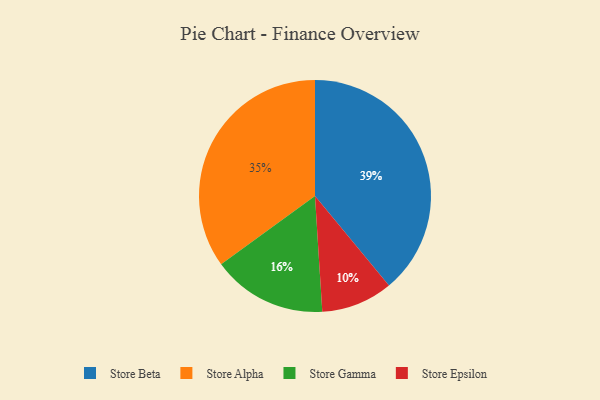
{"axis": {"x": "Category", "y": "Percentage"}, "legend": ["Store Alpha", "Store Beta", "Store Epsilon", "Store Gamma"], "data": [{"x": "Store Epsilon", "y": 10, "type": "Store Epsilon"}, {"x": "Store Alpha", "y": 35, "type": "Store Alpha"}, {"x": "Store Beta", "y": 39, "type": "Store Beta"}, {"x": "Store Gamma", "y": 16, "type": "Store Gamma"}]}